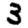
Digit: 3